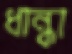
ধান্ধা